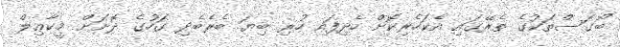
ބޯގަސްތަކުގެ ތެރޭގައި އެކަހެރިކޮށް ހެދިފައި ހުރި ބިޔަ ބެރެބެދި ގަހުގެ ދޮށަށް މީކާޢިލް